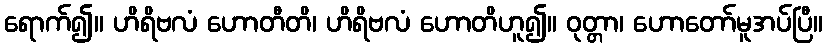
ရောက်၍။ ဟိရိဗလံ ဟောတီတိ၊ ဟိရိဗလံ ဟောတိဟူ၍။ ဝုတ္တာ၊ ဟောတော်မူအပ်ပြီ။